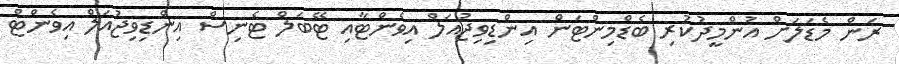
ރަން މެޑަލަށް އުންމީދުކުރި ބެޑްމިންޓަން އިންޑިވިޖުއަލް އިވެންޓާއި ޓޭބަލް ޓެނިސް އިންޑިވިޖުއަލް އިވެންޓް